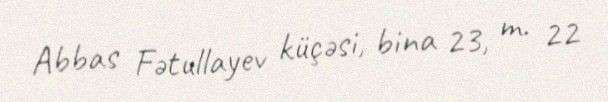
Abbas Fətullayev küçəsi, bina 23, m. 22